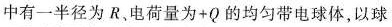
中有一半径为R、电荷量为+Q的均匀带电球体，以球